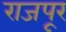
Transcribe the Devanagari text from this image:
राजपूर